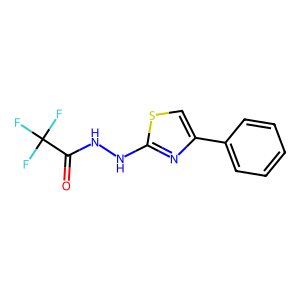
SMILES: O=C(NNc1nc(-c2ccccc2)cs1)C(F)(F)F
Inhibits HIV replication: No